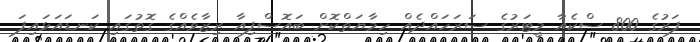
ފަރުގެ 800 ސްކެއާ މީޓަރުގެ ސަރަހައްދެއް ހިމާޔަތްކޮށް ބައޮސްފިއާ ރިޒާވެއްގެ ގޮތުގައި ކަނޑައަޅައިފަ